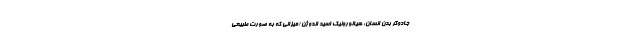
جادوگر بدن انسان: هیالورونیک اسید اندوژن (میزانی که به صورت طبیعی